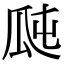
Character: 𤫭